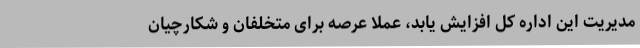
مدیریت این اداره کل افزایش یابد، عملا عرصه برای متخلفان و شکارچیان